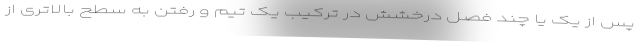
پس از یک یا چند فصل درخشش در ترکیب یک تیم و رفتن به سطح بالاتری از